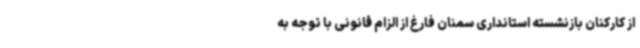
از کارکنان بازنشسته استانداری سمنان فارغ از الزام قانونی با توجه به